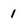
Character: 1